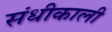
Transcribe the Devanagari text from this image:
संधीकाली